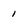
Character: 1